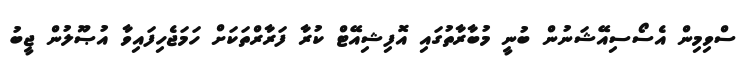
ސްވިމިން އެސޯސިއޭޝަނުން ބުނީ މުބާރާތުގައި އޮފިޝިއޭޓް ކުރާ ފަރާރްތަކަށް ހަމަޖެހިފައިވާ އުޞޫލުން ޖީބު